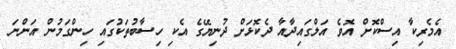
އެމެރިކާ އިސްކޮށް އޮވެ އަލްގައިދާއާ ދެކޮޅަށް ދުނިޔޭގެ އެކި ހިސާބުތަކުގައި ހިންގަމުން އަންނަ